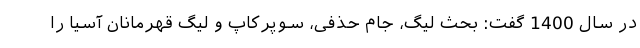
در سال 1400 گفت: بحث لیگ، جام حذفی، سوپرکاپ و لیگ قهرمانان آسیا را